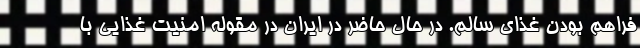
فراهم بودن غذای سالم. در حال حاضر در ایران در مقوله امنیت غذایی با